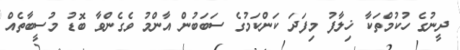
ދީނުގެ ހުކުމްތަކާ ޚިލާފު މިފަދަ ކަންކަމުގެ ސަބަބުން އާންމު ވެގެންވާ ބޮޑު މުސީބާތެއް